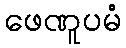
ဖေဏူပမံ